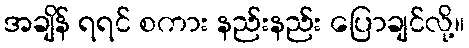
အချိန် ရရင် စကား နည်းနည်း ပြောချင်လို့။